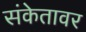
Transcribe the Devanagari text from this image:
संकेतावर